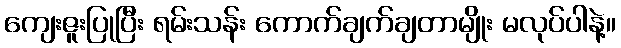
ကျေးဇူးပြုပြီး ရမ်းသန်း ကောက်ချက်ချတာမျိုး မလုပ်ပါနဲ့။